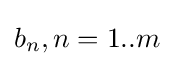
b_{n},n=1..m